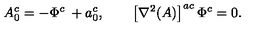
A _ { 0 } ^ { c } = - \Phi ^ { c } \: + a _ { 0 } ^ { c } , \quad \quad \left[ \nabla ^ { 2 } ( A ) \right] ^ { a c } \Phi ^ { c } = 0 .